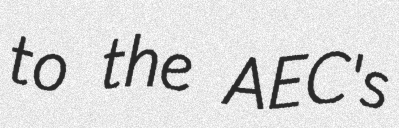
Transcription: to the AEC's